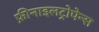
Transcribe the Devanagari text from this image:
फ़ीनाइलट्रोपेन्स